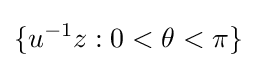
\lbrace u^{-1}z:0<\theta <\pi \rbrace